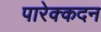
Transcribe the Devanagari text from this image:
पारेक्कदन